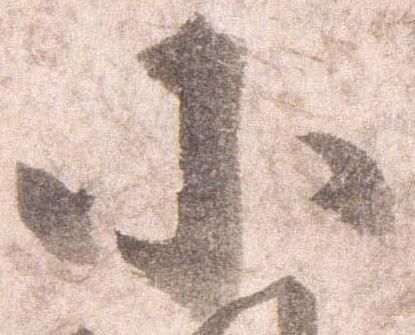
小